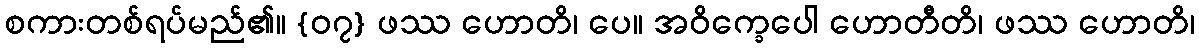
စကားတစ်ရပ်မည်၏။ {၀၇} ဖဿ ဟောတိ၊ ပေ။ အဝိက္ခေပေါ ဟောတီတိ၊ ဖဿ ဟောတိ၊